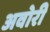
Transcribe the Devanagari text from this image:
अवोरी